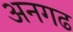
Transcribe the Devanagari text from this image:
अनगढ